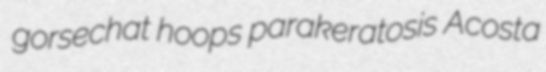
gorsechat hoops parakeratosis Acosta